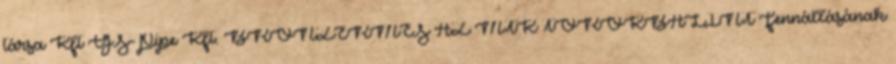
társa Kft GS-Pipe Kft. BRONZÉRMES AZ MTK TÖRÖKBÁLINT Fennállásának